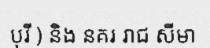
បុរី ) និង នគរ រាជ សីមា